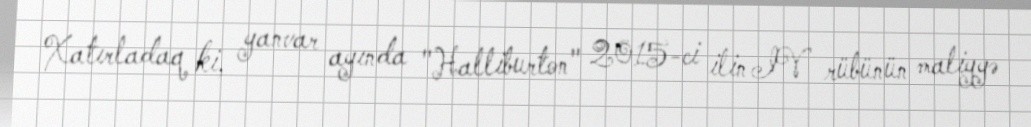
Xatırladaq ki, yanvar ayında "Halliburton" 2015-ci ilin IV rübünün maliyyə